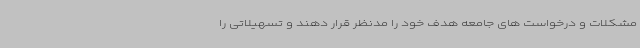
مشکلات و درخواست های جامعه هدف خود را مدنظر قرار دهند و تسهیلاتی را